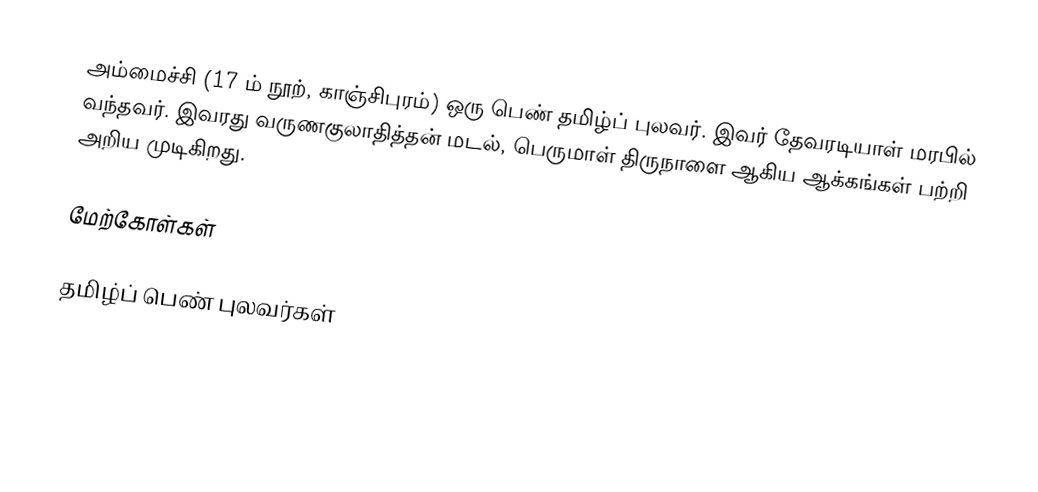
அம்மைச்சி (17 ம் நூற், காஞ்சிபுரம்) ஒரு பெண் தமிழ்ப் புலவர்.  இவர் தேவரடியாள் மரபில் வந்தவர்.  இவரது வருணகுலாதித்தன் மடல், பெருமாள் திருநாளை ஆகிய ஆக்கங்கள் பற்றி அறிய முடிகிறது.

மேற்கோள்கள்

தமிழ்ப் பெண் புலவர்கள்